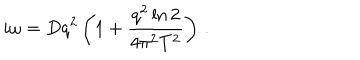
i \omega = D q ^ { 2 } \left( 1 + { \frac { q ^ { 2 } \ln { 2 } } { 4 \pi ^ { 2 } T ^ { 2 } } } \right) \, .